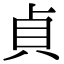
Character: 貞